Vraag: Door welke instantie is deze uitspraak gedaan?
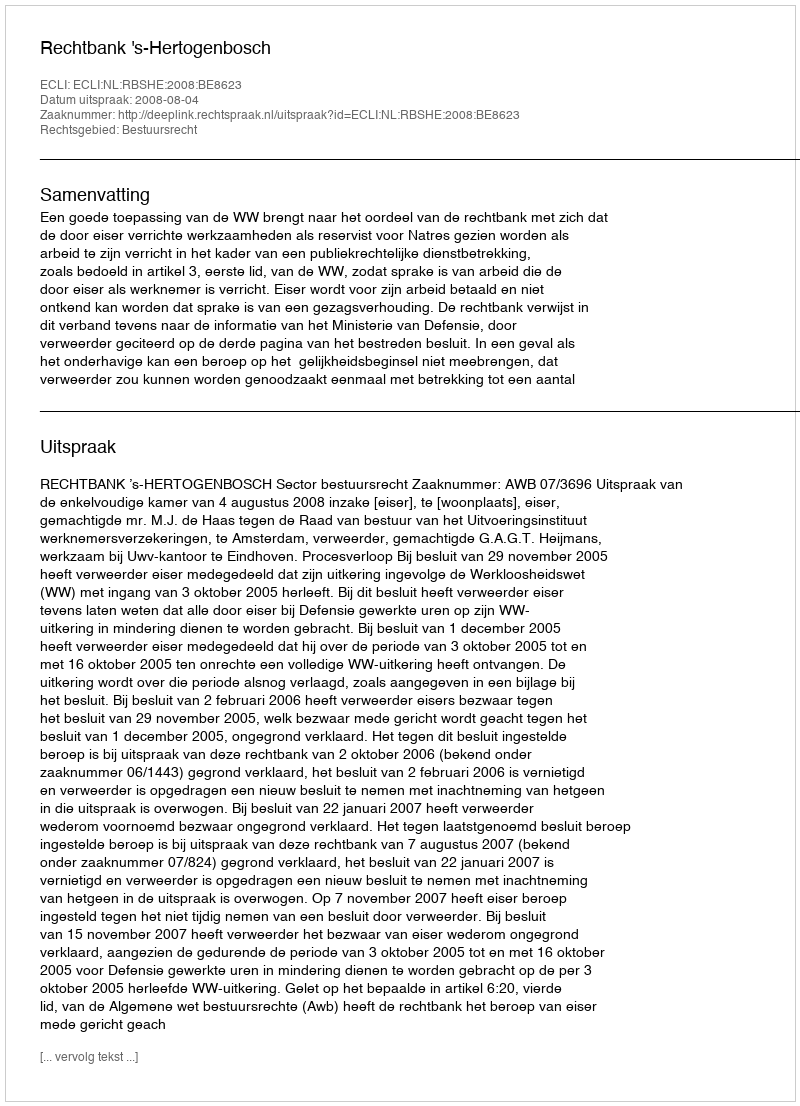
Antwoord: Rechtbank 's-Hertogenbosch